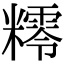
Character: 𥼸